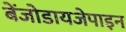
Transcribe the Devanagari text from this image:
बेंजोडायजेपाइन